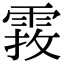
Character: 𩃂